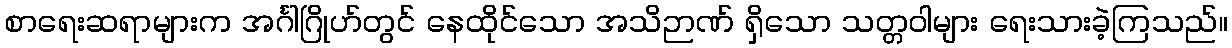
စာရေးဆရာများက အင်္ဂါဂြိုဟ်တွင် နေထိုင်သော အသိဉာဏ် ရှိသော သတ္တဝါများ ရေးသားခဲ့ကြသည်။